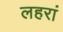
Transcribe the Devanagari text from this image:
लहरां